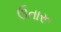
ઉતારૂ